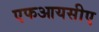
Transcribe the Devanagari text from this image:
एफआयसीए